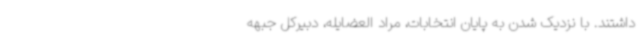
داشتند. با نزدیک شدن به پایان انتخابات، مراد العضایله، دبیرکل جبهه